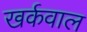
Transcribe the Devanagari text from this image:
खर्कवाल